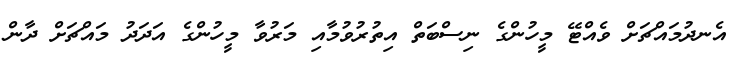
އެނދުމައްޗަށް ވެއްޓޭ މީހުންގެ ނިސްބަތް އިތުރުވުމާއި މަރުވާ މީހުންގެ އަދަދު މައްޗަށް ދާން